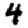
Digit: 4